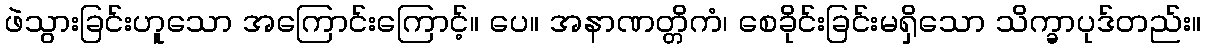
ဖဲသွားခြင်းဟူသော အကြောင်းကြောင့်။ ပေ။ အနာဏတ္တိကံ၊ စေခိုင်းခြင်းမရှိသော သိက္ခာပုဒ်တည်း။